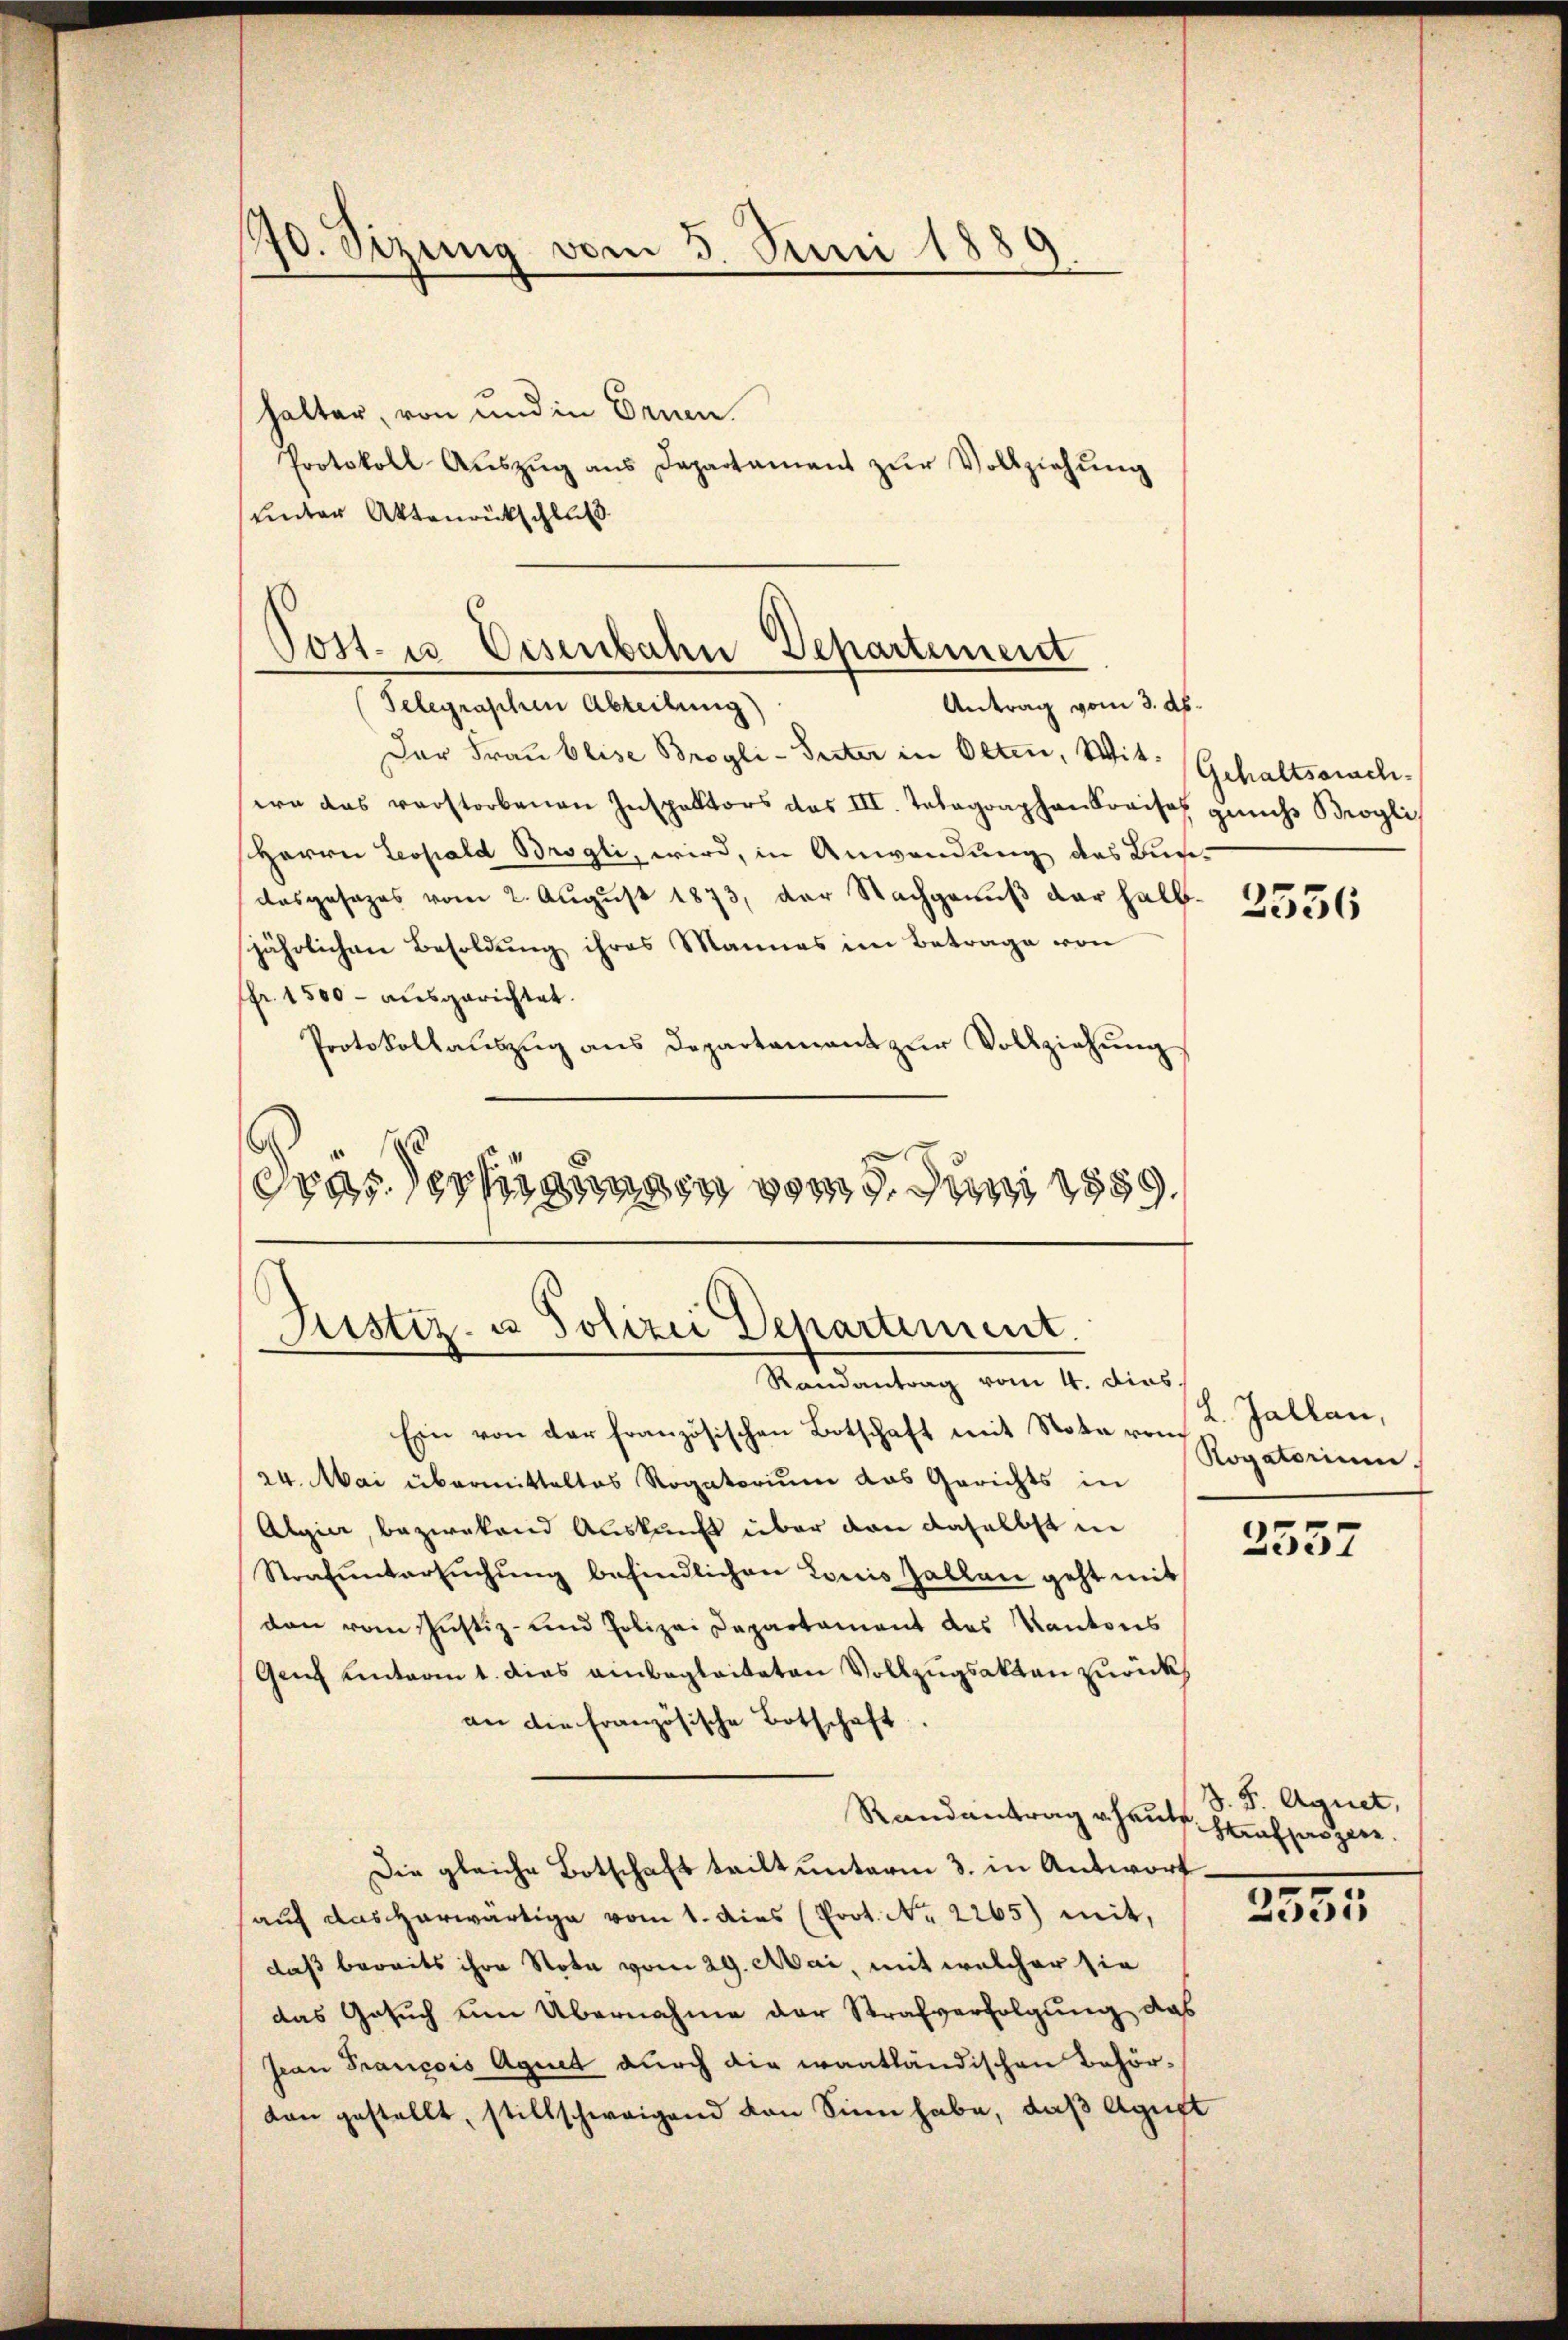
770. Sizung vom 5. Juni 1889

halter, von und in Ernen.
Protokoll Aŭszŭg ans Departament zŭr Vollziehŭng
unter Aktenrückschluß
Antrag vom 3. d.
Telegraphen Abteilung)
Der Frau beise Brogli-Seiter in Olten, Wit: Gehaltsonachwa das verstorbenen Inspektors das III. Tatagraphankreises zunchr Brogli
Herrn Leopold Brogli, wird, in Anwendung des Bundasgesages vom 2. August 1873, der Nachgenuß der halb
jährlichen Besoldung ihres Mannes im Betrage von
fr. 1500 - ausgerichtet.
Protokollauszug aus Departement zur Vollziehung
Spassertigungen vom 5. Juni 1859.

Post- u. Eisenbahn Departement

Justiz- u Polizei Departement.

Randantrag vom 4. dies.
Ein von der französischen Botschaft mit Nota vom
24. Mai übermitteltes Rogatorium das Gerichts in
Algier, bezwekend Auskunft über den daselbst in
Strafŭntersŭchŭng befindlichen Louis Zallen geht mit
don vom Justiz- und Polizei Departament des Kantons
Geich einterm 1. dies einbegleiteten Vollzugsakten zurück
an die Französische Botschaft
Randantrag u. heute Strafprozen
Die gleiche Botschaft teilt unterm 3. in Antwortaŭf das herwärtige vom 1. dies (Prot. No. 2265) mit,
daß bereits ihre Note vom 29. Mai, mit welcher sie
das Gesuch um Übernahme der Strafverfolgung das
Jean Francois Agnet durch die waatländischen Behörton gestellt, stillschweigend von Sinn habe, daß Agust

2356

L. Gallan,
Rogatorium.

2557

S.S. Agnet,

2355